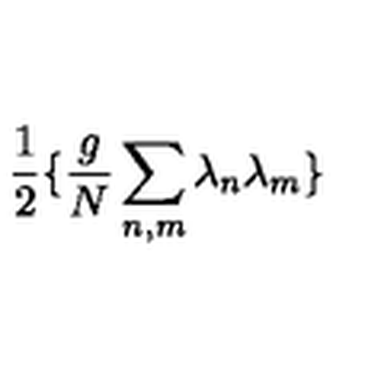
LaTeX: \frac { 1 } { 2 } \{ \frac { g } { N } \sum _ { n , m } \lambda _ { n } \lambda _ { m } \}